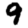
Digit: 9